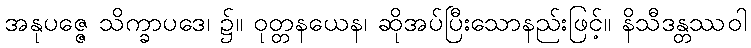
အနုပဇ္ဇေ သိက္ခာပဒေ၊ ၌။ ဝုတ္တနယေန၊ ဆိုအပ်ပြီးသောနည်းဖြင့်။ နိသီဒန္တဿဝါ